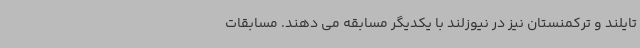
تایلند و ترکمنستان نیز در نیوزلند با یکدیگر مسابقه می دهند. مسابقات